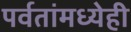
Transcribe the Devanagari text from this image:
पर्वतांमध्येही